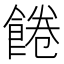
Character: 𩜇